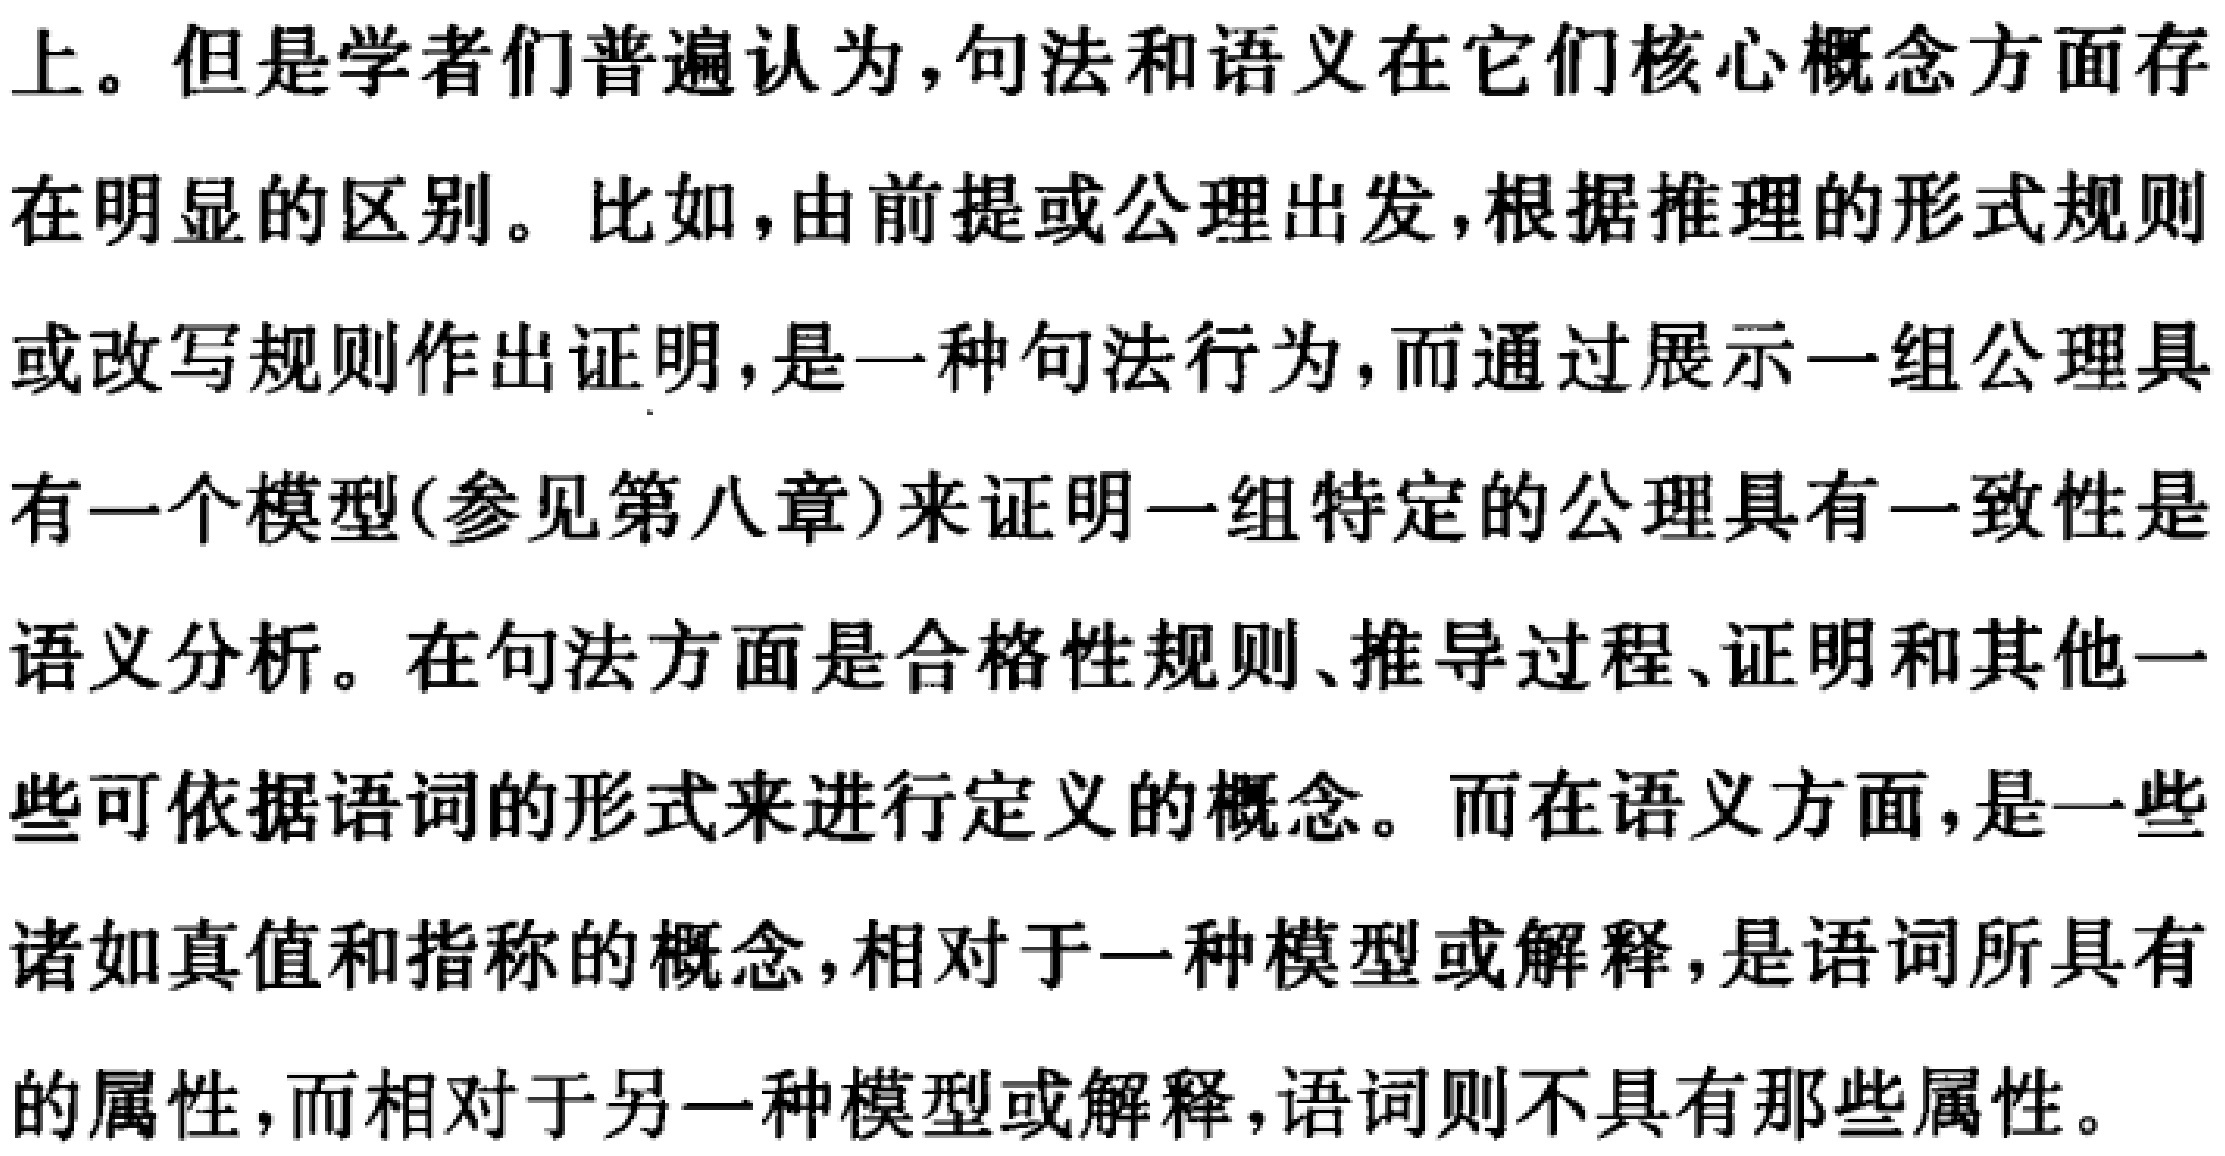
上。但是学者们普遍认为,句法和语义在它们核心概念方面存
在明显的区别。比如，由前提或公理出发,根据推理的形式规则
或改写规则作出证明,是一种句法行为,而通过展示一组公理具
有一个模型(参见第八章)来证明一组特定的公理具有一致性是
语义分析。在句法方面是合格性规则、推导过程、证明和其他一
些可依据语词的形式来进行定义的概念。而在语义方面,是一些
诸如真值和指称的概念,相对于一种模型或解释,是语词所具有
的属性,而相对于另一种模型或解释,语词则不具有那些属性。